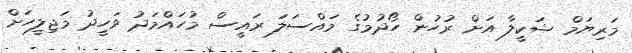
މަރިޔަމް ޝަކީލާ އަށް ރުހުން ހޯދުމުގެ މައްސަލަ ރައީސް މުހައްމަދު ވަހީދު މަޖިލީހަށް